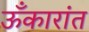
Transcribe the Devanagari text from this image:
ऊँकारांत